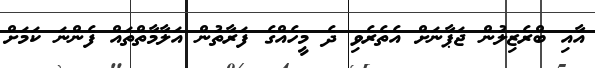
އާއި ބްރެޒިލުން ޖަޕާނަށް އެތެރެވި ދެ މީހެއްގެ ފަރާތުން އަލާމާތްތައް ފެންނަ ކަމަށް